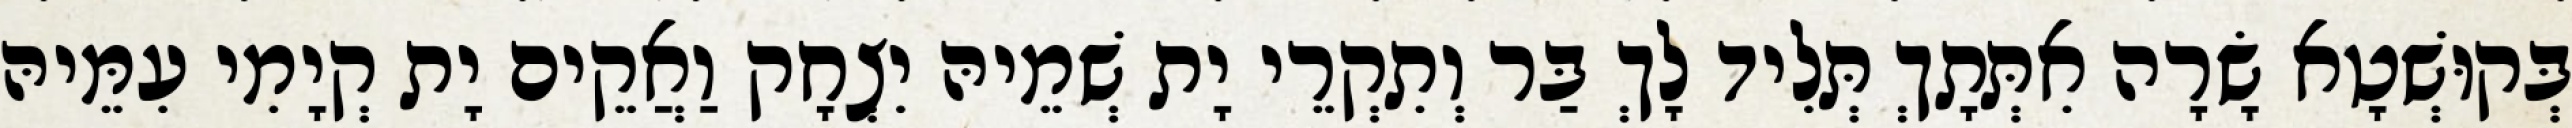
בְּקוּשְׁטָא שָׂרָה אִתְּתָךְ תְּלִיד לָךְ בַּר וְתִקְרֵי יָת שְׁמֵיהּ יִצְחָק וַאֲקֵים יָת קְיָמִי עִמֵּיהּ